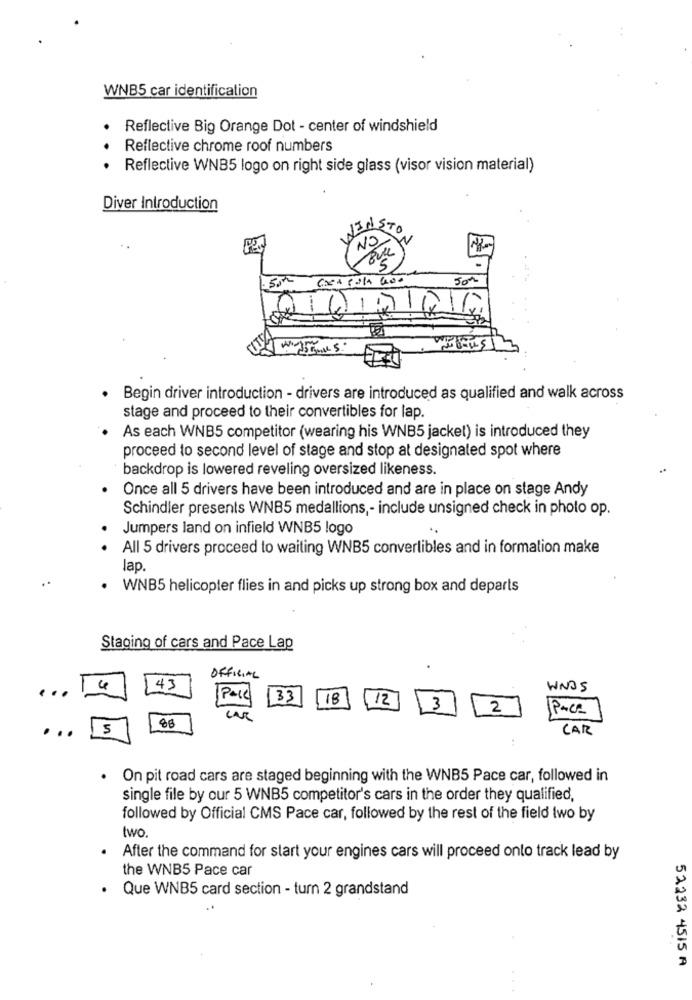
WNB5 car identification
Reflective Big Orange Dot - center of windshield
Reflective chrome roof numbers
Reflective WNB5 logo on right side glass (visor vision material)
Diver Introduction
WENSTO
NO
Begin driver introduction - drivers are introduced as qualified and walk across
stage and proceed to their convertibles for lap.
As each WNB5 competitor (wearing his WNB5 jacket) is introduced they
proceed to second level of stage and stop at designated spot where
backdrop is lowered reveling oversized likeness.
Once all 5 drivers have been introduced and are in place on stage Andy
Schindler presents WNB5 medallions ,- include unsigned check in photo op.
Jumpers land on infield WNB5 logo
All 5 drivers proceed to waiting WNB5 convertibles and in formation make
lap.
WNB5 helicopter flies in and picks up strong box and departs
Staging of cars and Pace Lap
OFFICIAL
43
WNOS
...
33
18
12
3
2
Pace
..
5
88
CAR
.
On pit road cars are staged beginning with the WNB5 Pace car, followed in
single file by our 5 WNB5 competitor's cars in the order they qualified,
followed by Official CMS Pace car, followed by the rest of the field Iwo by
two.
After the command for start your engines cars will proceed onto track lead by
the WNB5 Pace car
Que WNB5 card section - turn 2 grandstand
52232 4515 A